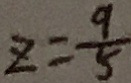
z = \frac { 9 } { 5 }